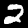
Digit: 2